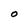
Character: O